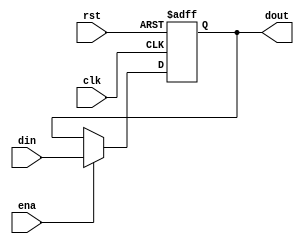
module holdingReg (clk, rst, ena, din, dout);

	parameter WIDTH = 16;

	input [WIDTH-1:0] din; 
	input clk, rst, ena;
	output reg [WIDTH-1:0] dout =0;
	
	
	always @(posedge rst or posedge clk)
	begin
		if(rst) dout <= 0;
		else if(ena)  dout <= din;
	end

endmodule